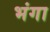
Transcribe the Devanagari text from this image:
भंगा